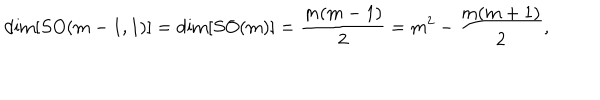
LaTeX: \mathrm { d i m } [ S O ( m - 1 , 1 ) ] = \mathrm { d i m } [ S O ( m ) ] = \frac { m ( m - 1 ) } { 2 } = m ^ { 2 } - \frac { m ( m + 1 ) } { 2 } ,